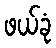
ဖယ်ခုံ